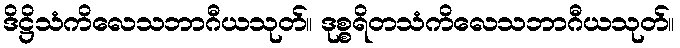
ဒိဋ္ဌိသံကိလေသဘာဂီယသုတ်။ ဒုစ္စရိတသံကိလေသဘာဂီယသုတ်။